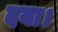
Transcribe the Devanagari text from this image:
दया।